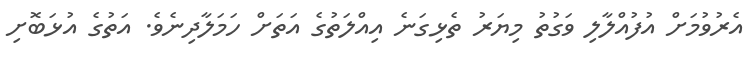
އެރުވުމަށް އުފުއްލާލި ވަގުތު މިޔަރު ތެޅިގަނެ އިއްލަތުގެ އަތަށް ހަމަލާދިނެވެ. އަތުގެ އުޅަބޮށި